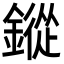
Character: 鏦